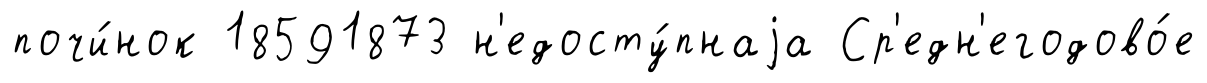
почи́нок 18591873 н'едосту́пнаjа Ср'едн'егодово́е